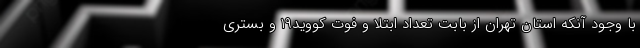
با وجود آنکه استان تهران از بابت تعداد ابتلا و فوت کووید۱۹ و بستری